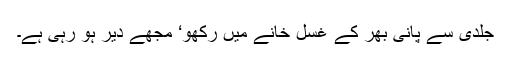
جلدی سے پانی بھر کے غسل خانے میں رکھو‘ مجھے دیر ہو رہی ہے۔